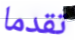
تقدما